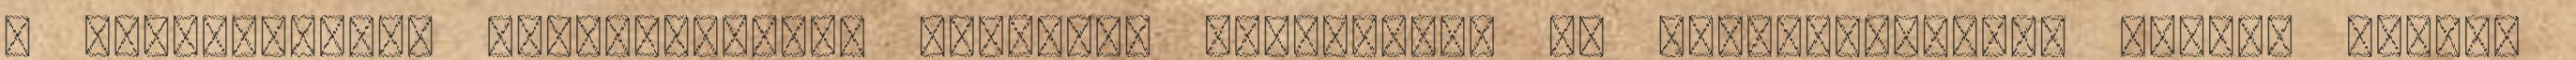
A rendezvényen lapcsoportunk megújult kiadványai is bemutatkoztak. Magyar diákok